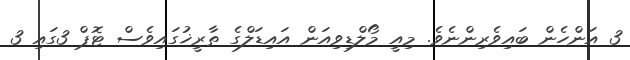
3 އަންހެން ބައިވެރިންނެވެ. މިއީ މޯލްޑިވިއަން އައިޑަލްގެ ތާރީޚުގައިވެސް ޓޮޕް 3ގައި 3